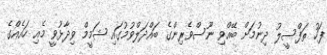
ފަހު ތަފްސީލު ދިނުމަށް ބޭއްވި ނޫސްވެރިންގެ ބައްދަލްވުމުގައި ޝަމީމް ވިދާޅުވީ މެއި ހައެއްގެ